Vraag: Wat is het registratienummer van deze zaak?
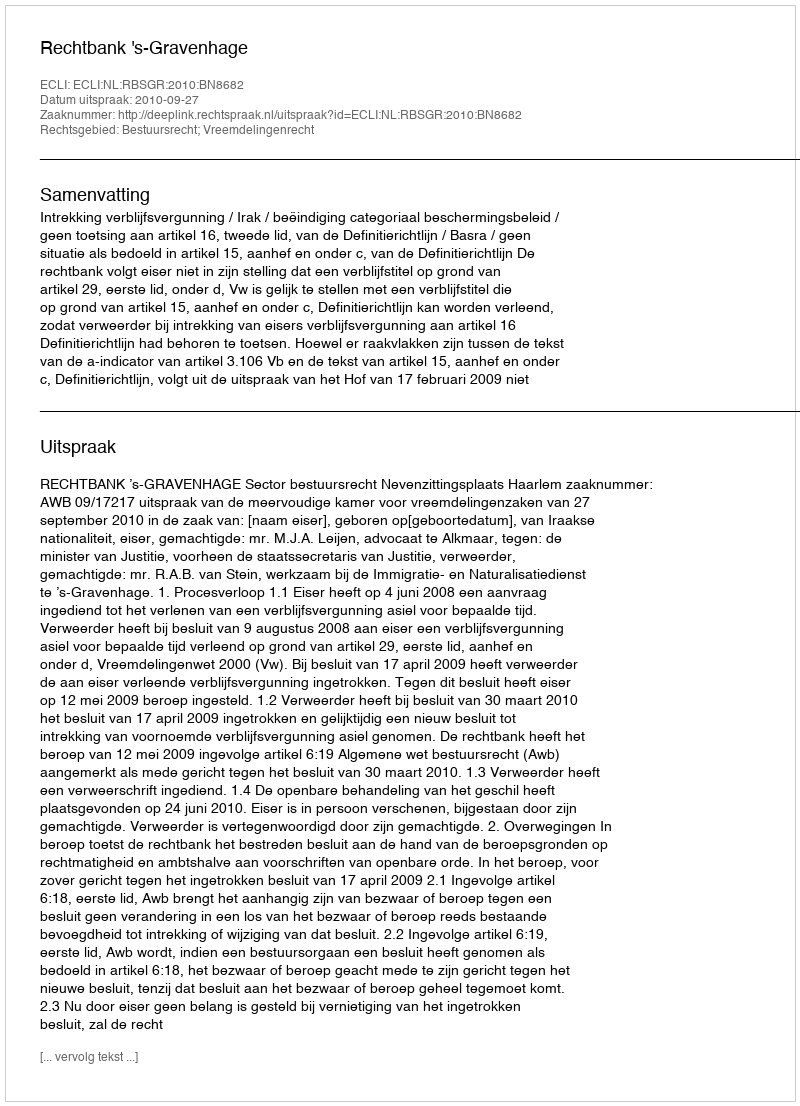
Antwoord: http://deeplink.rechtspraak.nl/uitspraak?id=ECLI:NL:RBSGR:2010:BN8682